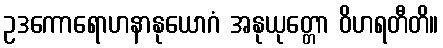
ဥဒကောရောဟနာနုယောဂံ အနုယုတ္တော ဝိဟရတီတိ။